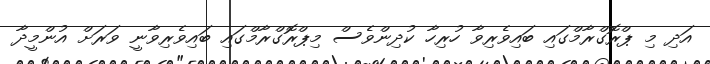
އަދި މި ޕްރޮގްރާމްގައި ބައިވެރިވާ ހުރިހާ ކުދިންވެސް މިޕްރޮގްރާމްގައި ބައިވެރިވާނީ ވަރަށް އުންމީދާ